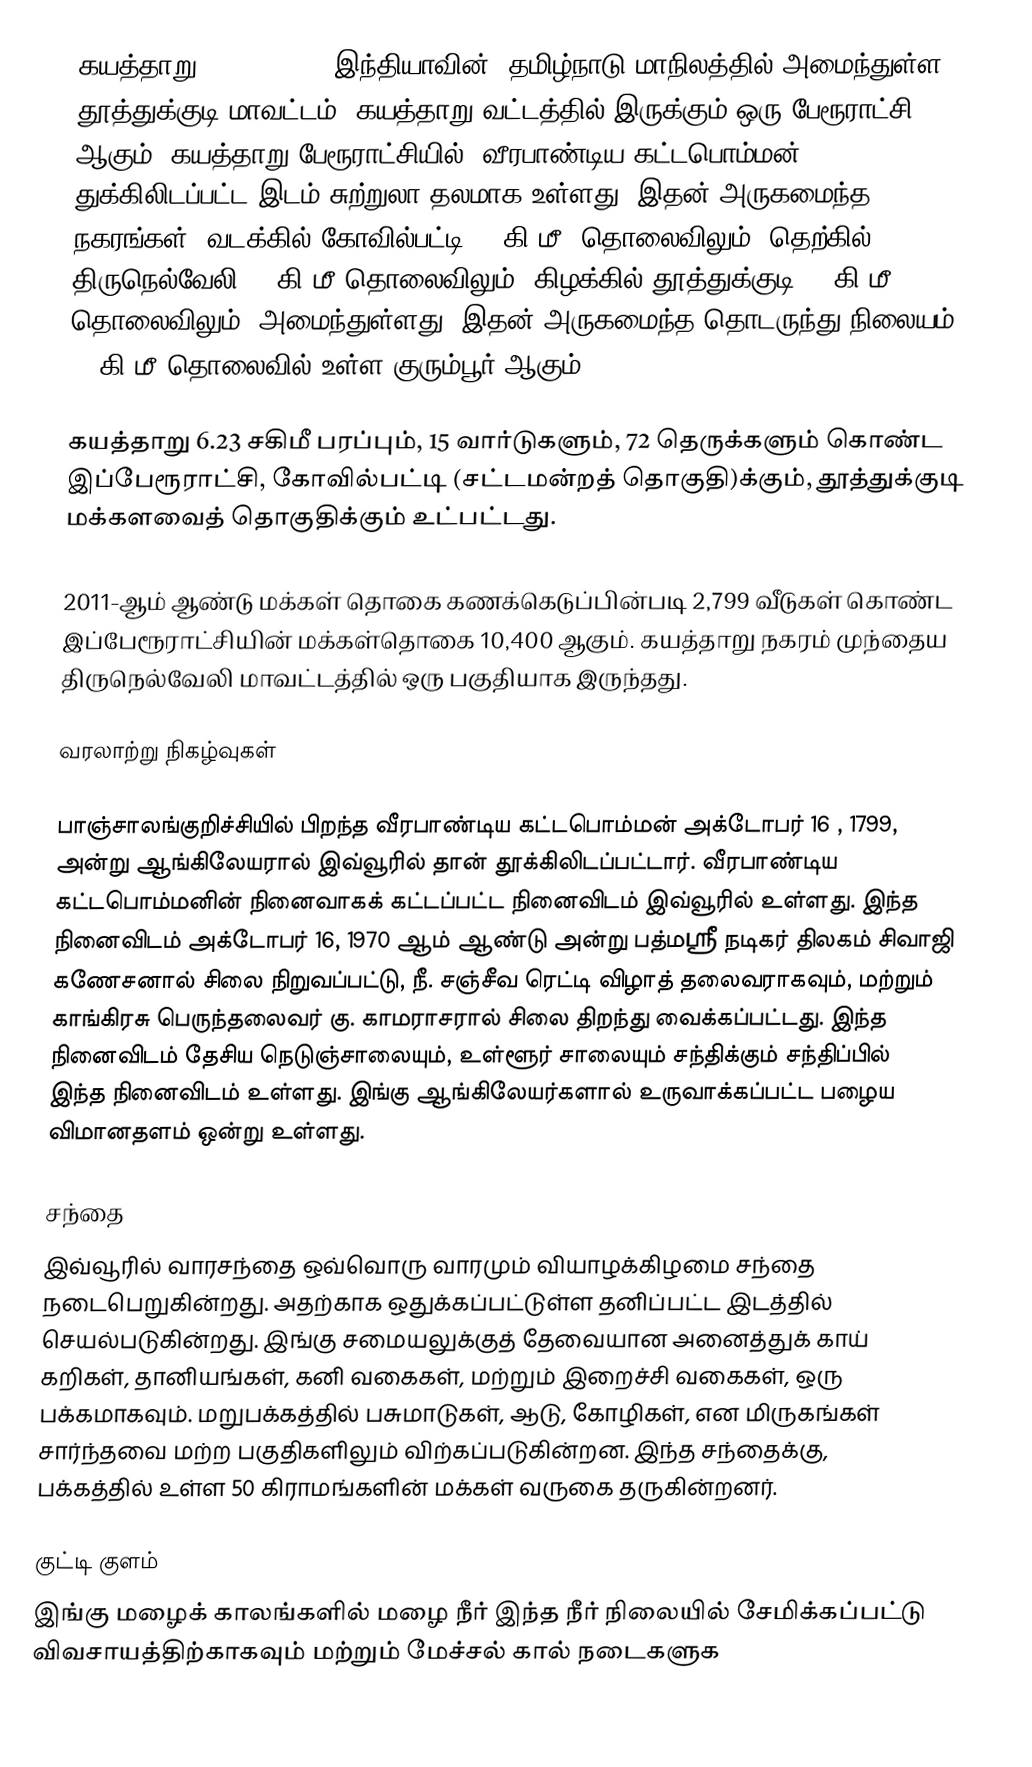
கயத்தாறு (Kayatharu), இந்தியாவின், தமிழ்நாடு மாநிலத்தில் அமைந்துள்ள தூத்துக்குடி மாவட்டம், கயத்தாறு வட்டத்தில் இருக்கும் ஒரு பேரூராட்சி ஆகும். கயத்தாறு பேரூராட்சியில், வீரபாண்டிய கட்டபொம்மன் துக்கிலிடப்பட்ட இடம் சுற்றுலா தலமாக உள்ளது. இதன் அருகமைந்த நகரங்கள், வடக்கில் கோவில்பட்டி 30 கி.மீ. தொலைவிலும், தெற்கில் திருநெல்வேலி 30 கி.மீ தொலைவிலும், கிழக்கில் தூத்துக்குடி 55 கி.மீ தொலைவிலும். அமைந்துள்ளது. இதன் அருகமைந்த தொடருந்து நிலையம், 12 கி.மீ தொலைவில் உள்ள குரும்பூர் ஆகும்.

கயத்தாறு 6.23 சகிமீ பரப்பும், 15 வார்டுகளும், 72  தெருக்களும் கொண்ட இப்பேரூராட்சி, கோவில்பட்டி (சட்டமன்றத் தொகுதி)க்கும், தூத்துக்குடி மக்களவைத் தொகுதிக்கும் உட்பட்டது.

2011-ஆம் ஆண்டு மக்கள் தொகை கணக்கெடுப்பின்படி 2,799 வீடுகள் கொண்ட இப்பேரூராட்சியின் மக்கள்தொகை 10,400 ஆகும். கயத்தாறு நகரம் முந்தைய திருநெல்வேலி மாவட்டத்தில் ஒரு பகுதியாக இருந்தது.

வரலாற்று நிகழ்வுகள்

பாஞ்சாலங்குறிச்சியில் பிறந்த வீரபாண்டிய கட்டபொம்மன் அக்டோபர் 16 , 1799, அன்று ஆங்கிலேயரால் இவ்வூரில் தான் தூக்கிலிடப்பட்டார். வீரபாண்டிய கட்டபொம்மனின் நினைவாகக் கட்டப்பட்ட நினைவிடம் இவ்வூரில் உள்ளது. இந்த நினைவிடம் அக்டோபர் 16, 1970 ஆம் ஆண்டு அன்று பத்மஸ்ரீ நடிகர் திலகம் சிவாஜி கணேசனால் சிலை நிறுவப்பட்டு, நீ. சஞ்சீவ ரெட்டி விழாத் தலைவராகவும், மற்றும் காங்கிரசு பெருந்தலைவர் கு. காமராசரால் சிலை திறந்து வைக்கப்பட்டது. இந்த நினைவிடம் தேசிய நெடுஞ்சாலையும், உள்ளூர் சாலையும் சந்திக்கும் சந்திப்பில் இந்த நினைவிடம் உள்ளது. இங்கு ஆங்கிலேயர்களால் உருவாக்கப்பட்ட பழைய விமானதளம் ஒன்று உள்ளது.

சந்தை
இவ்வூரில் வாரசந்தை ஒவ்வொரு வாரமும் வியாழக்கிழமை சந்தை நடைபெறுகின்றது. அதற்காக ஒதுக்கப்பட்டுள்ள தனிப்பட்ட இடத்தில் செயல்படுகின்றது. இங்கு சமையலுக்குத் தேவையான அனைத்துக் காய் கறிகள்,  தானியங்கள், கனி வகைகள், மற்றும் இறைச்சி வகைகள், ஒரு பக்கமாகவும். மறுபக்கத்தில் பசுமாடுகள், ஆடு, கோழிகள், என மிருகங்கள் சார்ந்தவை மற்ற பகுதிகளிலும் விற்கப்படுகின்றன. இந்த சந்தைக்கு, பக்கத்தில் உள்ள 50 கிராமங்களின் மக்கள் வருகை தருகின்றனர்.

குட்டி குளம்
இங்கு மழைக் காலங்களில் மழை நீர் இந்த நீர் நிலையில் சேமிக்கப்பட்டு விவசாயத்திற்காகவும் மற்றும் மேச்சல் கால் நடைகளுக